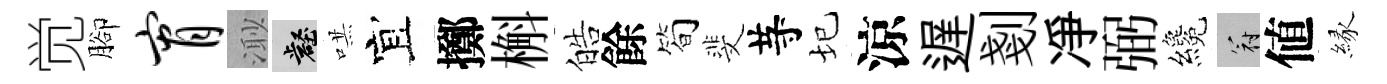
觉腳宵𣺌壑哄宜擲槲皓餘简斐䒭圮涼遅剗凈弼纔冠値縁